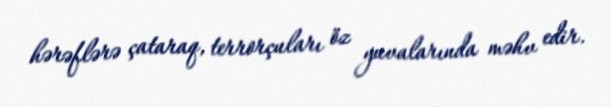
hərəflərə çataraq, terrorçuları öz yuvalarında məhv edir.